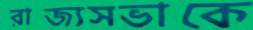
রাজ্যসভাকে